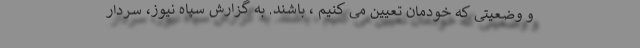
و وضعیتی که خودمان تعیین می کنیم ، باشند. به گزارش سپاه نیوز، سردار